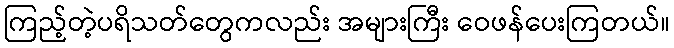
ကြည့်တဲ့ပရိသတ်တွေကလည်း အများကြီး ဝေဖန်ပေးကြတယ်။